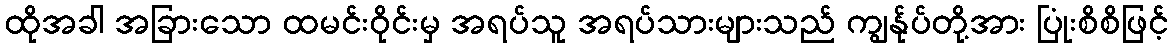
ထိုအခါ အခြားသော ထမင်းဝိုင်းမှ အရပ်သူ အရပ်သားများသည် ကျွန်ုပ်တို့အား ပြုံးစိစိဖြင့်